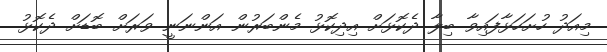
މިއަދު ހުށަހަޅާފައިވާ ބިލާ ދެކޮޅަށް އިދިކޮޅު މެންބަރުން އަންނަނީ ވަރަށް ބޮޑަށް ދެކޮޅު